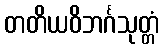
တတိယဝိဘင်္ဂသုတ္တံ